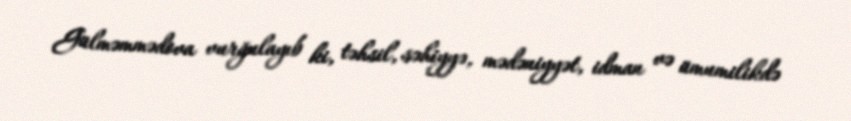
Gülməmmədova vurğulayıb ki, təhsil, səhiyyə, mədəniyyət, idman və ümumilikdə